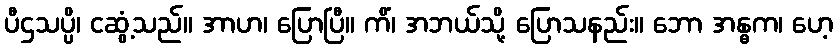
ပီဌသပ္ပိ၊ ငဆွံ့သည်။ အာဟ၊ ပြောပြီ။ ကိံ၊ အဘယ်သို့ ပြောသနည်း။ ဘော အန္ဓက၊ ဟေ့